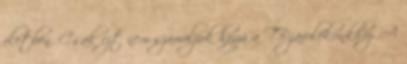
életben. Csak ezt nem számoljuk hozzá a TB-járulékunkhoz. A